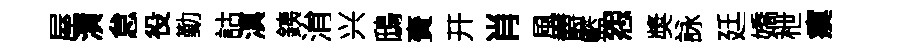
屋潢怠役勤詁滇銕㳙兴鴟賚开肖風欝籃怨奬詠廷嬌枻瘼